Leaving Certificate Examination (including Day School Certificate (Higher) General paper), 1930
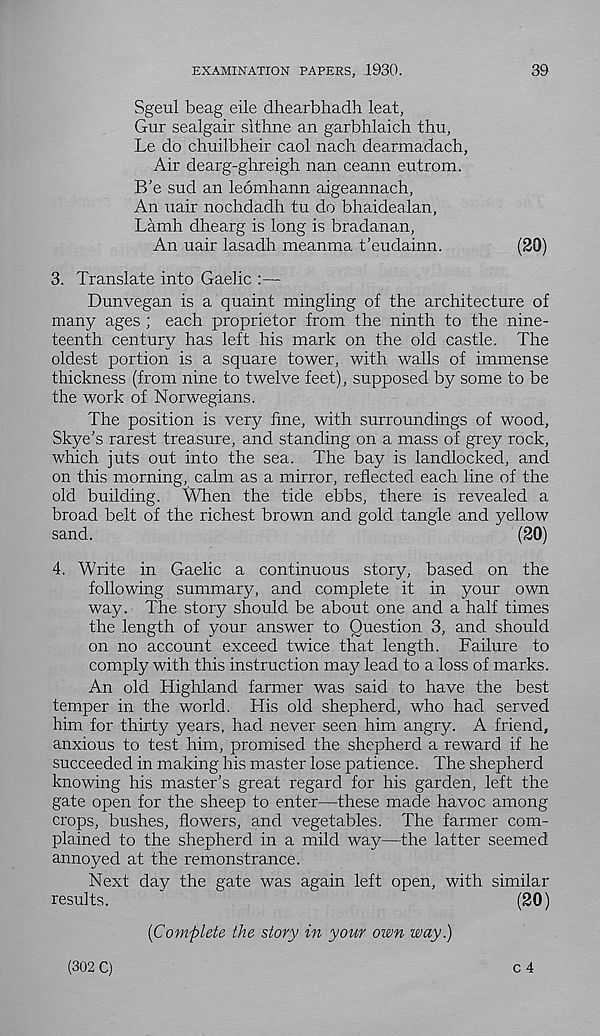
EXAMINATION PAPERS, 1930.
39
Sgeul beag eile dhearbhadh leat,
Gur sealgair sithne an garbhlaich thu,
Le do chuilbheir caol nach dearmadach,
Air dearg-ghreigh nan ceann eutrom.
B’e sud an leomhann aigeannach,
An nair nochdadh tu do bhaidealan,
Lamb dhearg is long is bradanan,
An uair lasadh meanma t’eudainn.
(20)
3. Translate into Gaelic :—
Dunvegan is a quaint mingling of the architecture of
many ages ; each proprietor from the ninth to the nine-
teenth century has left his mark on the old ca,stle. The
oldest portion is a square tower, with walls of immense
thickness (from nine to twelve feet), supposed by some to be
the work of Norwegians.
The position is very fine, with surroundings of wood,
Skye’s rarest treasure, and standing on a mass of grey rock,
which juts out into the sea. The bay is landlocked, and
on this morning, calm as a mirror, reflected each line of the
old building. When the tide ebbs, there is revealed a
broad belt of the richest brown and gold tangle and yellow
sand.
(20)
4. Write in Gaelic a continuous story, based on the
following summary, and complete it in your own
way. The story should be about one and a half times
the length of your answer to Question 3, and should
on no account exceed twice that length. Failure to
comply with this instruction may lead to a loss of marks.
An old Highland farmer was said to have the best
temper in the world. His old shepherd, who had served
him for thirty years, had never seen him angry. A friend,
anxious to test him, promised the shepherd a reward if he
succeeded in making his master lose patience. The shepherd
knowing his master’s great regard for his garden, left the
gate open for the sheep to enter—these made havoc among
crops, bushes, flowers, and vegetables. The farmer com-
plained to the shepherd in a mild way—the latter seemed
annoyed at the remonstrance.
Next day the gate was again left open, with similar
results.
(20)
{Complete the story in your own way.)
(302 C)
c 4